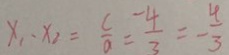
x _ { 1 } \cdot x _ { 2 } = \frac { c } { a } = \frac { - 4 } { 3 } = - \frac { 4 } { 3 }